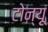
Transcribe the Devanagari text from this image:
टोन्यू